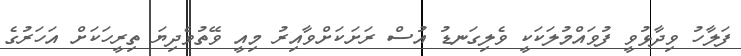
ފަލާހު ވިދާޅުވީ ފުވައްމުލަކަކީ ވެލިގަނޑު އުސް ރަށަކަށްވާއިރު މިއީ ވޭތުވެދިޔަ ތިރީހަކަށް އަހަރުގެ